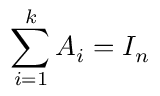
\sum _ { i = 1 } ^ { k } A _ { i } = I _ { n }